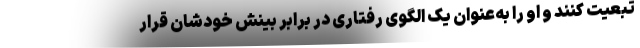
تبعیت کنند و او را به‌عنوان یک الگوی رفتاری در برابر بینش خودشان قرار